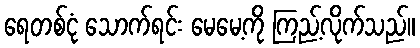
ရေတစ်ငုံ သောက်ရင်း မေမေ့ကို ကြည့်လိုက်သည်။